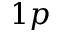
1 p